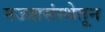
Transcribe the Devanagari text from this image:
मज्जासंस्थेतून